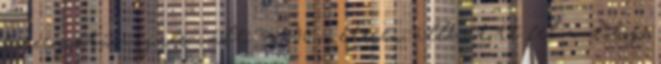
korcsoportú vegyes váltó 4x500 méteren állhatott fel a dobogó